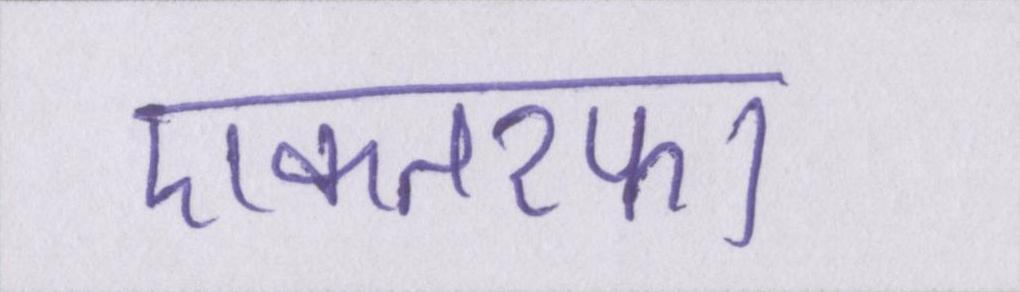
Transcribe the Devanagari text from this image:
एकतरफा